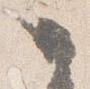
之